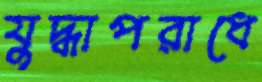
যুদ্ধাপরাধে